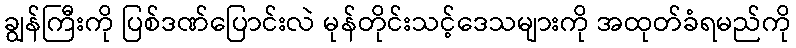
ချွန်ကြီးကို ပြစ်ဒဏ်ပြောင်းလဲ မုန်တိုင်းသင့်ဒေသများကို အထုတ်ခံရမည်ကို